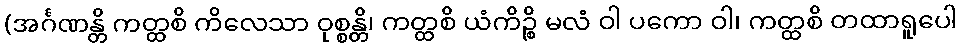
(အင်္ဂဏန္တိ ကတ္ထစိ ကိလေသာ ဝုစ္စန္တိ၊ ကတ္ထစိ ယံကိဉ္စိ မလံ ဝါ ပကော ဝါ၊ ကတ္ထစိ တထာရူပေါ